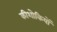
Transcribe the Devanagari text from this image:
कीशोकियों